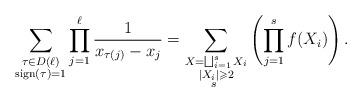
LaTeX: \begin{align*}\sum_{\substack{\tau\in D(\ell)\\\mathrm{sign}(\tau)=1}}\prod_{j=1}^{\ell}\frac{1}{x_{\tau(j)}-x_j}=\sum_{\substack{X=\bigsqcup_{i=1}^{s}X_i\\|X_i|\geqslant 2\\ s\ }}\left(\prod_{j=1}^sf(X_i)\right).\end{align*}